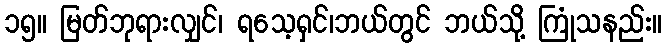
၁၅။ မြတ်ဘုရားလျှင်၊ ရသေ့ရှင်၊ဘယ်တွင် ဘယ်သို့ ကြုံသနည်း။